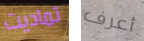
تماديت أعرف